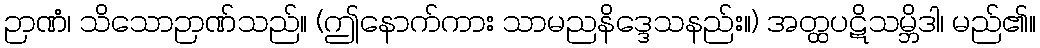
ဉာဏံ၊ သိသောဉာဏ်သည်။ (ဤနောက်ကား သာမညနိဒ္ဒေသနည်း။) အတ္ထပဋိသမ္ဘိဒါ၊ မည်၏။